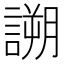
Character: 𧪜